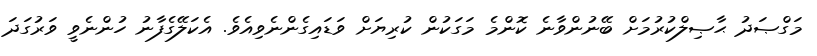
މަގްޞަދު ޙާޞިލްކުރުމަށް ބޭނުންވާނެ ކޮންމެ މަގަކުން ކުރިޔަށް ވަޑައިގެންނެވިއެވެ. އެކަލޭގެފާނު ހުންނެވީ ވަރުގަދަ